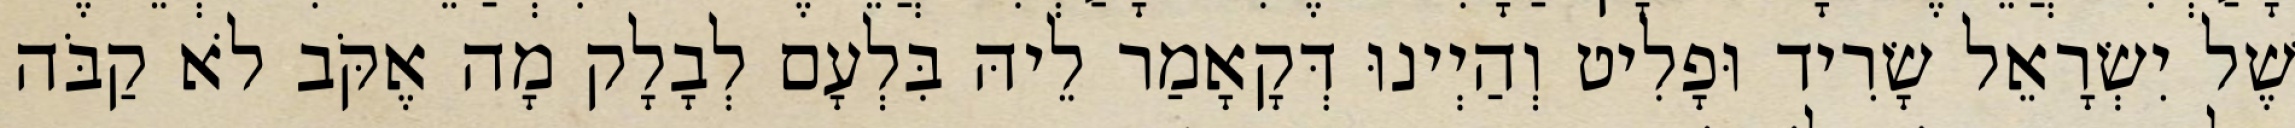
שֶׁל יִשְׂרָאֵל שָׂרִיד וּפָלִיט וְהַיְינוּ דְּקָאָמַר לֵיהּ בִּלְעָם לְבָלָק מָה אֶקֹּב לֹא קַבֹּה